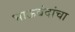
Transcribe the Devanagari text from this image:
भाऊबंदांचा